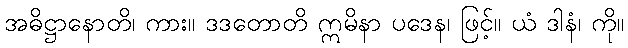
အဓိဋ္ဌာနောတိ၊ ကား။ ဒဒတောတိ ဣမိနာ ပဒေန၊ ဖြင့်။ ယံ ဒါနံ၊ ကို။